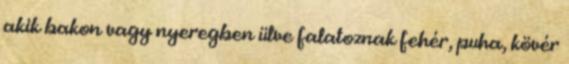
akik bakon vagy nyeregben ülve falatoznak fehér, puha, kövér